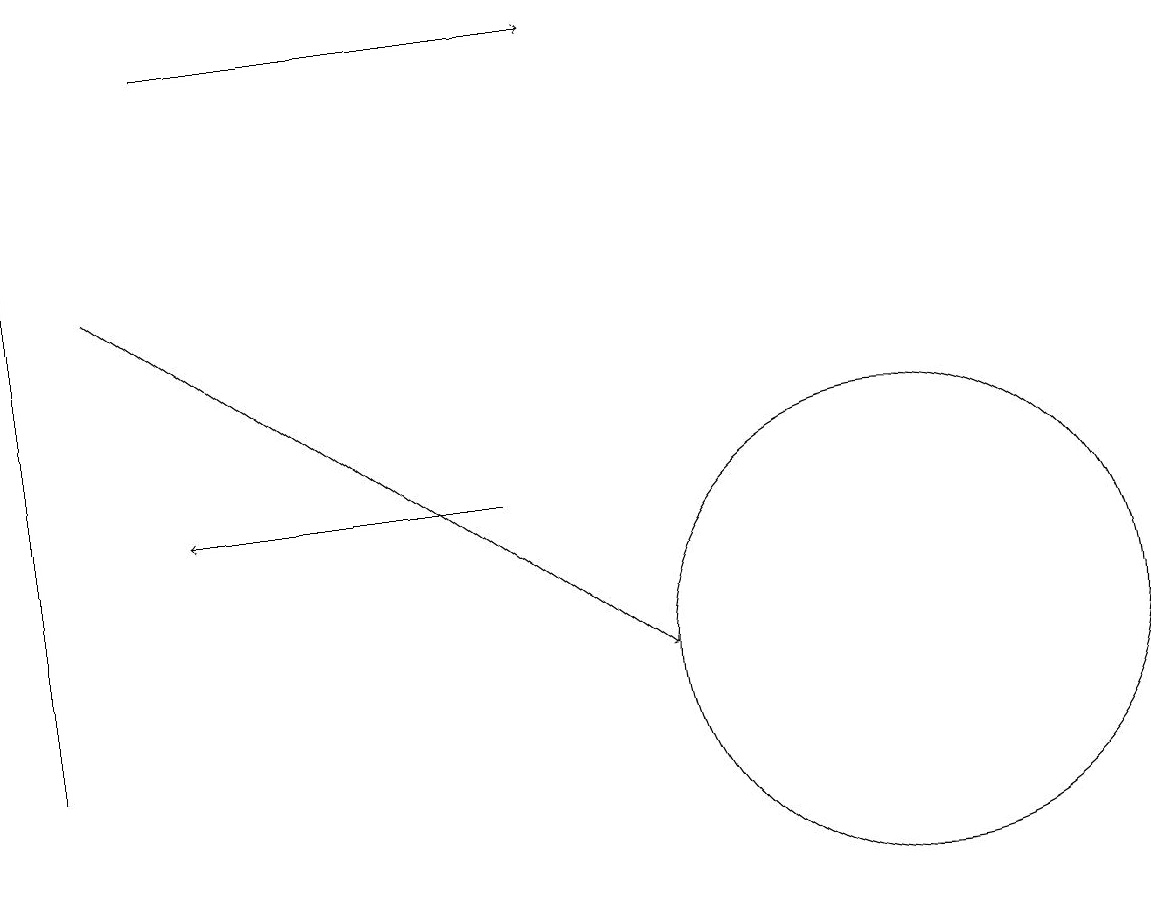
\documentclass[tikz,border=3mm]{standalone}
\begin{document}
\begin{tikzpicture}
\draw (11,10) circle (0);
\draw (11,11) circle (3);
\draw (0,10) rectangle (0,17);
\draw[->] (6,13) -- (2,13);
\draw[->] (1,16) -- (8,11);
\draw[->] (2,19) -- (7,19);
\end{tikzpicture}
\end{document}